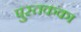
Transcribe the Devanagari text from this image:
पुस्तकका